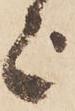
上